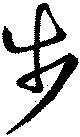
歩